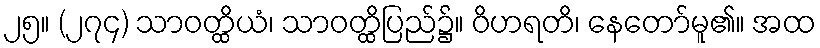
၂၅။ (၂၇၄) သာဝတ္ထိယံ၊ သာဝတ္ထိပြည်၌။ ဝိဟရတိ၊ နေတော်မူ၏။ အထ